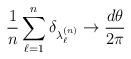
LaTeX: \begin{align*} \frac{1}{n} \sum_{\ell=1}^{n} \delta_{\lambda_\ell^{(n)}} \to \frac{d\theta}{2\pi}\end{align*}